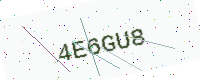
Text: 4E6GU8